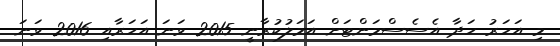
މި އަހަރު ހަދާ އެސެސްމަންޓަށް އަމަލުކުރާނީ 2015 ވަނަ އަހަރާއި 2016 ވަނަ